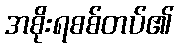
အစိုးရစစ်တပ်၏